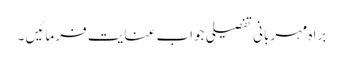
براہ مہربانی تفصیلی جواب عنایت فرمائیں ۔